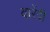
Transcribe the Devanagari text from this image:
वारेंद्री